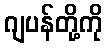
ဂျပန်တို့ကို